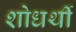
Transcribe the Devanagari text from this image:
शोधर्थी